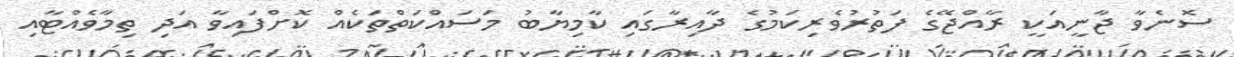
ސޮނެވާ ޖާނީއަކީ ރާއްޖޭގެ ފަތުރުވެރިކަމުގެ ދާއިރާގައި ކާމިޔާބު މަސައްކަތްތަކެއް ކޮށްފައިވާ އަދި ތިމާވެއްޓާއި